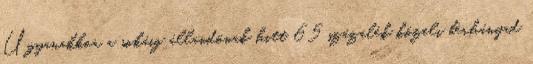
Ugyanakkor a sokáig állandónak hitt 65 százalék közeli bérhányad